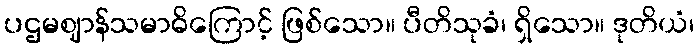
ပဌမဈာန်သမာဓိကြောင့် ဖြစ်သော။ ပီတိသုခံ၊ ရှိသော။ ဒုတိယံ၊